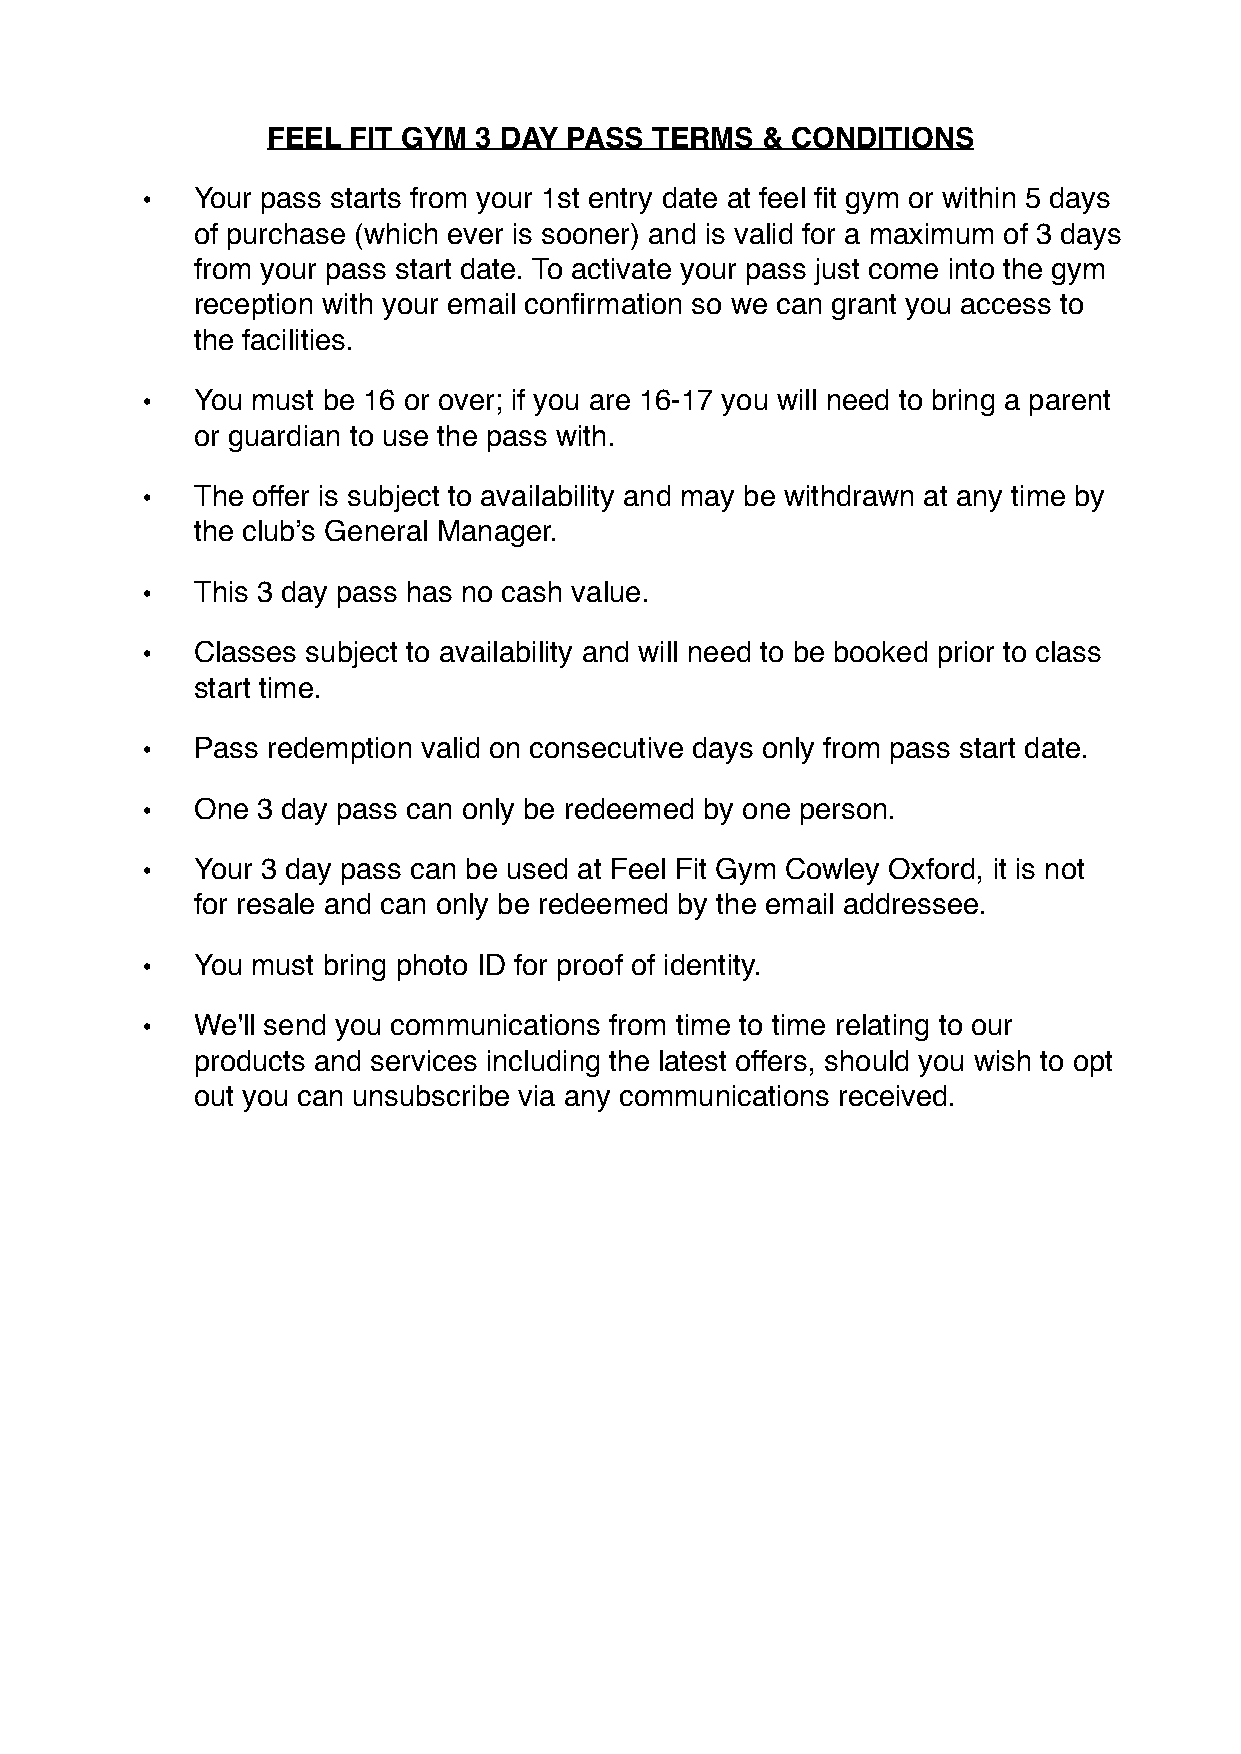
FEEL FIT GYM 3 DAY PASS  TERMS  & CONDITIONS
 •   Your pass starts from your 1st entry date at feel fit gym or within 5 days
 of purchase (which ever is sooner) and is valid for a maximum of 3 days
 from your pass start date. To activate your pass just come into the gym
 reception with your email confirmation so we can grant you access to
 the facilities.
 •   You must be 16 or over; if you are 16-17 you will need to bring a parent
 or guardian to use the pass with.
 •   The offer is subject to availability and may be withdrawn at any time by
 the club’s General Manager.
 •   This 3 day pass has no cash value.
 •   Classes subject to availability and will need to be booked prior to class
 start time.
 •   Pass redemption valid on consecutive days only from pass start date.
 •   One 3 day pass can only be redeemed by one person.
 •   Your 3 day pass can be used at Feel Fit Gym Cowley Oxford, it is not
 for resale and can only be redeemed by the email addressee.
 •   You must bring photo ID for proof of identity.
 •   We'll send you communications from time to time relating to our
 products and services including the latest offers, should you wish to opt
 out you can unsubscribe via any communications received.